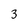
Character: 3